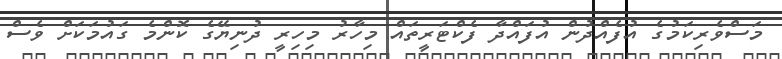
މަސްވެރިކަމުގެ އުފެއްދުން އުފައްދާ ފެކްޓަރީތައް މިހާރު މިހިރީ ދުނިޔޭގެ ކޮންމެ ގައުމަކަށް ވެސް